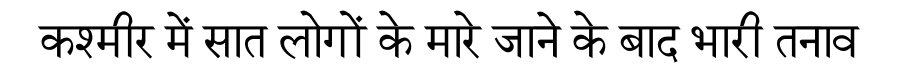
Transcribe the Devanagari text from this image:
कश्मीर में सात लोगों के मारे जाने के बाद भारी तनाव